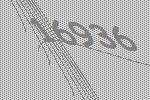
16936